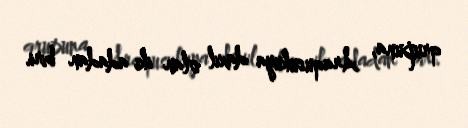
qrupuna, Araqusukuya daxil olan iki adadan biri.